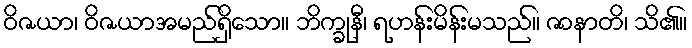
ဝိဇယာ၊ ဝိဇယာအမည်ရှိသော။ ဘိက္ခုနီ၊ ရဟန်းမိန်းမသည်။ ဇာနာတိ၊ သိ၏။